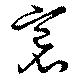
裛